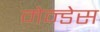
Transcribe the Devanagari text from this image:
मेन्डेस